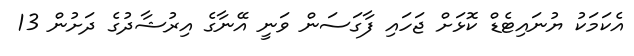
އެކަމަކު ޔުނައިޓެޑް ކޮޅަށް ޖަހައި ފާގަސަން ވަނީ އޭނާގެ އިރުޝާދުގެ ދަށުން 13